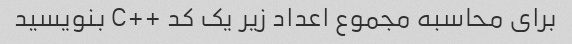
برای محاسبه مجموع اعداد زیر یک کد ++C بنویسید